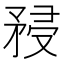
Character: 𥍯